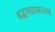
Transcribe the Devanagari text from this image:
बद्धपद्मासनस्थं